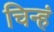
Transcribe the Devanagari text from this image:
चिन्हं